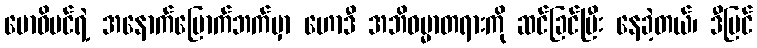
ဗောဓိပင်ရဲ့ အနောက်မြောက်ဘက်မှာ ဟောဒီ အဘိဓမ္မာတရားကို ဆင်ခြင်ပြီး နေခဲ့တယ်၊ ဒီပြင်